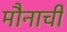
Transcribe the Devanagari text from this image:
मौनाची